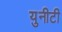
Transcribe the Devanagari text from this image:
युनीटी